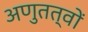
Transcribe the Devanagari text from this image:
अणुतत्वों